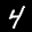
Label: 4